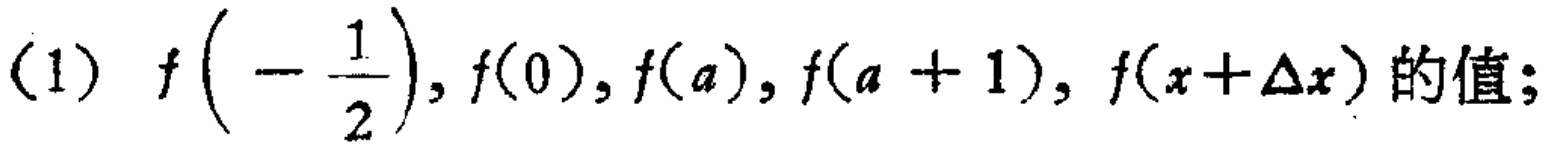
\((1)\ f\left(-\frac{1}{2}\right), f(0), f(a), f(a + 1), f(x+\Delta x)\)的值;